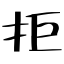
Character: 拒